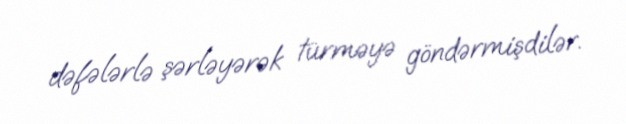
dəfələrlə şərləyərək türməyə göndərmişdilər.